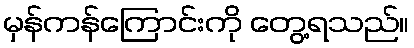
မှန်ကန်ကြောင်းကို တွေ့ရသည်။